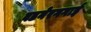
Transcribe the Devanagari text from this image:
वडनेरगगाई